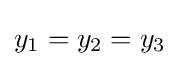
y_{1}=y_{2}=y_{3}